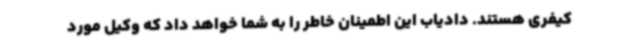
کیفری هستند. دادیاب این اطمینان خاطر را به شما خواهد داد که وکیل مورد